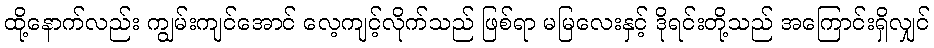
ထို့နောက်လည်း ကျွမ်းကျင်အောင် လေ့ကျင့်လိုက်သည် ဖြစ်ရာ မမြလေးနှင့် ဒိုရင်းတို့သည် အကြောင်းရှိလျှင်